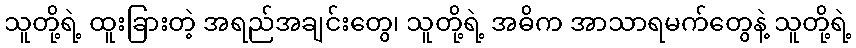
သူတို့ရဲ့ ထူးခြားတဲ့ အရည်အချင်းတွေ၊ သူတို့ရဲ့ အဓိက အာသာရမက်တွေနဲ့ သူတို့ရဲ့